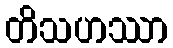
တိသဟဿာ